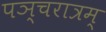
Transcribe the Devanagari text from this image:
पञ्चरात्रम्‌